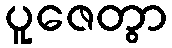
ပူဇေတွာ